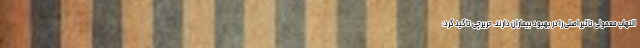
التهاب معمولی تاثیر اصلی را در بهبود بیماران دارند. حریرچی تاکید کرد: